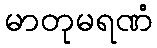
မာတုမရဏံ